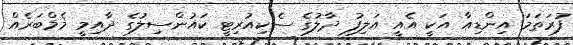
ފުރަތަމަ އިންޑިއާ އަކީ އެއީ އަލިފު ދާލުގެ ސެކިއުރިޓީ ކައުންސިލުގެ ދާއިމީ މެމްބަރެއް